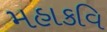
મહાકવિ